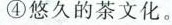
④悠久的茶文化。